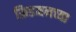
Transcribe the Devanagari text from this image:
फ्रिडमनच्या